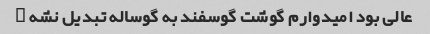
عالی بود امیدوارم گوشت گوسفند به گوساله تبدیل نشه …